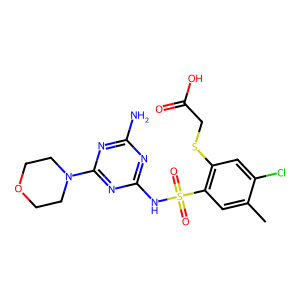
SMILES: Cc1cc(S(=O)(=O)Nc2nc(N)nc(N3CCOCC3)n2)c(SCC(=O)O)cc1Cl
Inhibits HIV replication: No